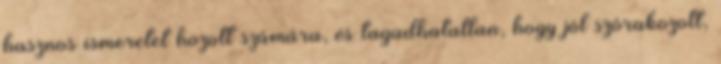
hasznos ismeretet hozott számára, és tagadhatatlan, hogy jól szórakozott,